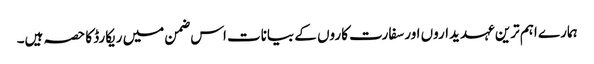
ہمارے اہم ترین عہدیداروں اور سفارت کاروں کے بیانات اس ضمن میں ریکارڈ کا حصہ ہیں۔